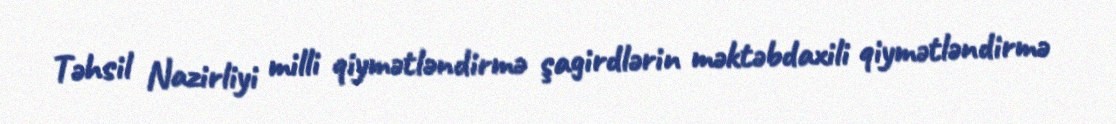
Təhsil Nazirliyi milli qiymətləndirmə şagirdlərin məktəbdaxili qiymətləndirmə